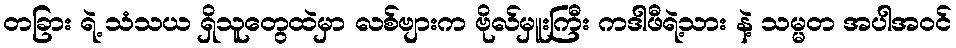
တခြား ရဲ့ သံသယ ရှိသူတွေထဲမှာ လစ်ဗျားက ဗိုလ်မှူးကြီး ကဒါဖီရဲ့သား နဲ့ သမ္မတ အပါအဝင်